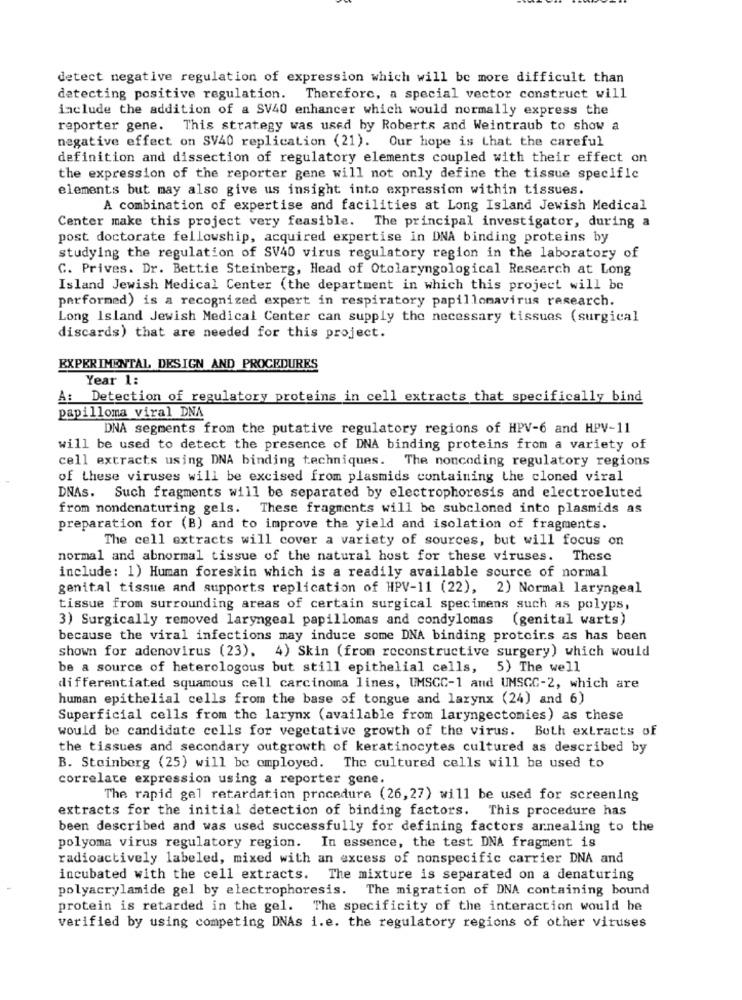
detect negative regulation of expression which will be more difficult than
detecting positive regulation. Therefore, a special vector construct will
include the addition of a SV40 enhancer which would normally express the
reporter gene. This strategy was used by Roberts and Weintraub to show a
negative effect on SV40 replication (21). Our hope is that the careful
definition and dissection of regulatory elements coupled with their effect on
the expression of the reporter gene will not only define the tissue specific
elements but may also give us insight into expression within tissues.
A combination of expertise and facilities at Long Island Jewish Medical
Center make this project very feasible. The principal investigator, during a
post doctorate fellowship, acquired expertise in DNA binding proteins by
studying the regulation of SV40 virus regulatory region in the laboratory of
C. Prives. Dr. Bettie Steinberg, Head of Otolaryngological Research at Long
Island Jewish Medical Center (the department in which this project will be
parformed) is a recognized expert in respiratory papillomavirus research.
Long Island Jewish Medical Center can supply the necessary tissues (surgical
discards) that are needed for this project.
EXPERIMENTAL DESIGN AND PROCEDURES
Year 1:
A: Detection of regulatory proteins in cell extracts that specifically bind
papilloma viral DNA
DNA segments from the putative regulatory regions of HPV-6 and HPV-11
will be used to detect the presence of DNA binding proteins from a variety of
cell extracts using DNA binding techniques. The noncoding regulatory regions
of these viruses will be excised from plasmids containing the cloned viral
DNAs. Such fragments will be separated by electrophoresis and electroeluted
from nondenaturing gels. These fragments will be subcloned into plasmids as
preparation for (B) and to improve the yield and isolation of fragments.
The cell extracts will cover a variety of sources, but will focus on
normal and abnormal tissue of the natural host for these viruses. These
include: 1) Human foreskin which is a readily available source of normal
genital tissue and supports replication of HPV-11 (22), 2) Normal laryngeal
tissue from surrounding areas of certain surgical specimens such as polyps,
3) Surgically removed laryngeal papillomas and condylomas (genital warts)
because the viral infections may induce some DNA binding proteins as has been
shown for adenovirus (23). 4) Skin (from reconstructive surgery) which would
be a source of heterologous but still epithelial cells, 5) The well
differentiated squamous cell carcinoma lines, UMSCC-1 and UMSCC-2, which are
human epithelial cells from the base of tongue and larynx (24) and 6)
Superficial cells from the larynx (available from laryngectomies) as these
would be candidate cells for vegetative growth of the virus. Both extracts of
the tissues and secondary outgrowth of keratinocytes cultured as described by
B. Steinberg (25) will be employed. The cultured cells will be used to
correlate expression using a reporter gene.
The rapid gel retardation procedure (26,27) will be used for screening
extracts for the initial detection of binding factors.
This procedure has
been described and was used successfully for defining factors arnealing to the
polyoma virus regulatory region. In essence, the test DNA fragment is
radioactively labeled, mixed with an excess of nonspecific carrier DNA and
incubated with the cell extracts. The mixture is separated on a denaturing
polyacrylamide gel by electrophoresis. The migration of DNA containing bound
protein is retarded in the gel. The specificity of the interaction would be
verified by using competing DNAs i.e. the regulatory regions of other viruses